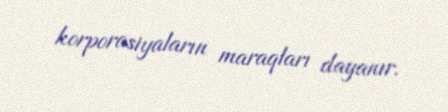
korporasiyaların maraqları dayanır.